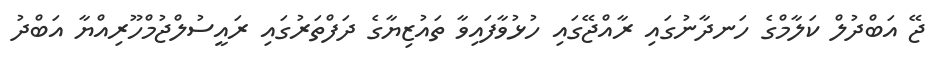
ޖޭ އަބްދުލް ކަލާމްގެ ހަނދާނުގައި ރާއްޖޭގައި ހުޅުވާފައިވާ ތައުޒިޔާގެ ދަފްތަރުގައި ރައީސުލްޖުމްހޫރިއްޔާ އަބްދު